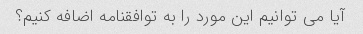
آیا می توانیم این مورد را به توافقنامه اضافه کنیم؟